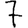
Digit: 7